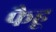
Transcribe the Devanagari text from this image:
फैहू